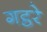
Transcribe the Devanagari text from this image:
गट्ठरे